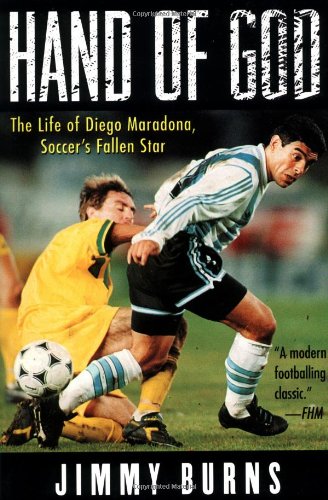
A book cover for Hand of God: The Life of Diego Maradona, Soccer's Fallen Star; Jimmy Burns; Biographies & Memoirs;